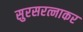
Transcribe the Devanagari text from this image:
सुरसरत्नाकर